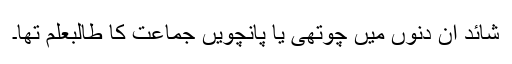
شائد ان دنوں میں چوتھی یا پانچویں جماعت کا طالبعلم تھا۔